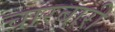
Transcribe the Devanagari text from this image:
चारबारी